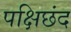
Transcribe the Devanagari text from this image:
पक्षिछंद